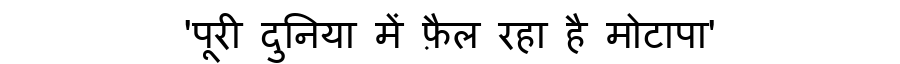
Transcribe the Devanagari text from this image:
'पूरी दुनिया में फ़ैल रहा है मोटापा'